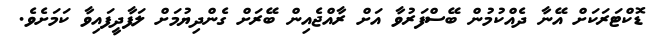
ޑޮކްޓަރަކަށް އޭނާ ދެއްކުމުން ބޭސްފަރުވާ އަށް ރާއްޖެއިން ބޭރަށް ގެންދިޔުމަށް ލަފާދީފައިވާ ކަމަށެވެ.